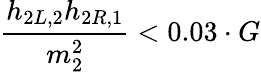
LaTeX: \frac{h_{2L,2}h_{2R,1}}{m_{2}^{2}}<0.03\cdot G